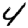
Digit: 4